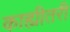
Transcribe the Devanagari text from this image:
काह्यीतरी